Report of the Municipal Commissioner on the plague in Bombay for the year ending 31st May... - Volume 3
Disease focus: Plague
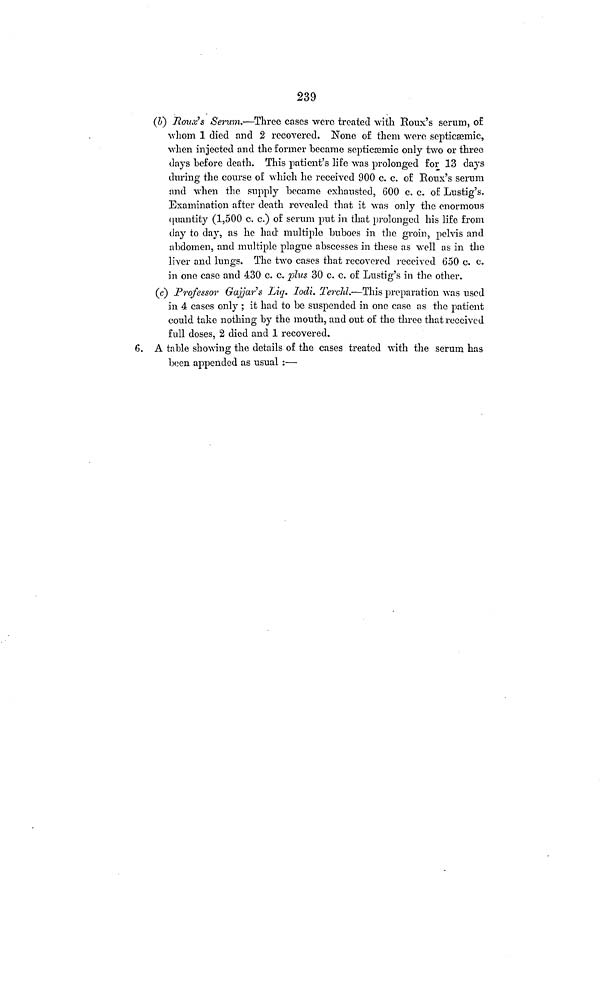
239
(Z») Roux's Serum.—Three cases were treated with Roux's serum, of
whom 1 died and 2 recovered. None of them were septicsemic,
when injected and the former became septicæmic only two or three
days before death. This patient's life was prolonged for 13 days
during the course of which he received 900 c. c. of Roux's serum
and when the supply became exhausted, 600 c. c. of Lustig's.
Examination after death revealed that it was only the enormous
quantity (1,500 c. c.) of serum put in that prolonged his life from
day to day, as he had' multiple buboes in the groin, pelvis and
abdomen, and multiple plague abscesses in these as well as in the
liver and lungs. The two cases that recovered received 650 c. c.
in one case and 430 c. c. plus 30 c. c. of Lustig's in the other,
(c) Professor Gajjars Liq. Iodi. Terchl.—This preparation was used
in 4 cases only ; it had to be suspended in one case as the patient
could take nothing by the mouth, and out of the three that received
full doses, 2 died and 1 recovered.
6. A table showing the details of the cases treated with the serum has
been appended as usual :—